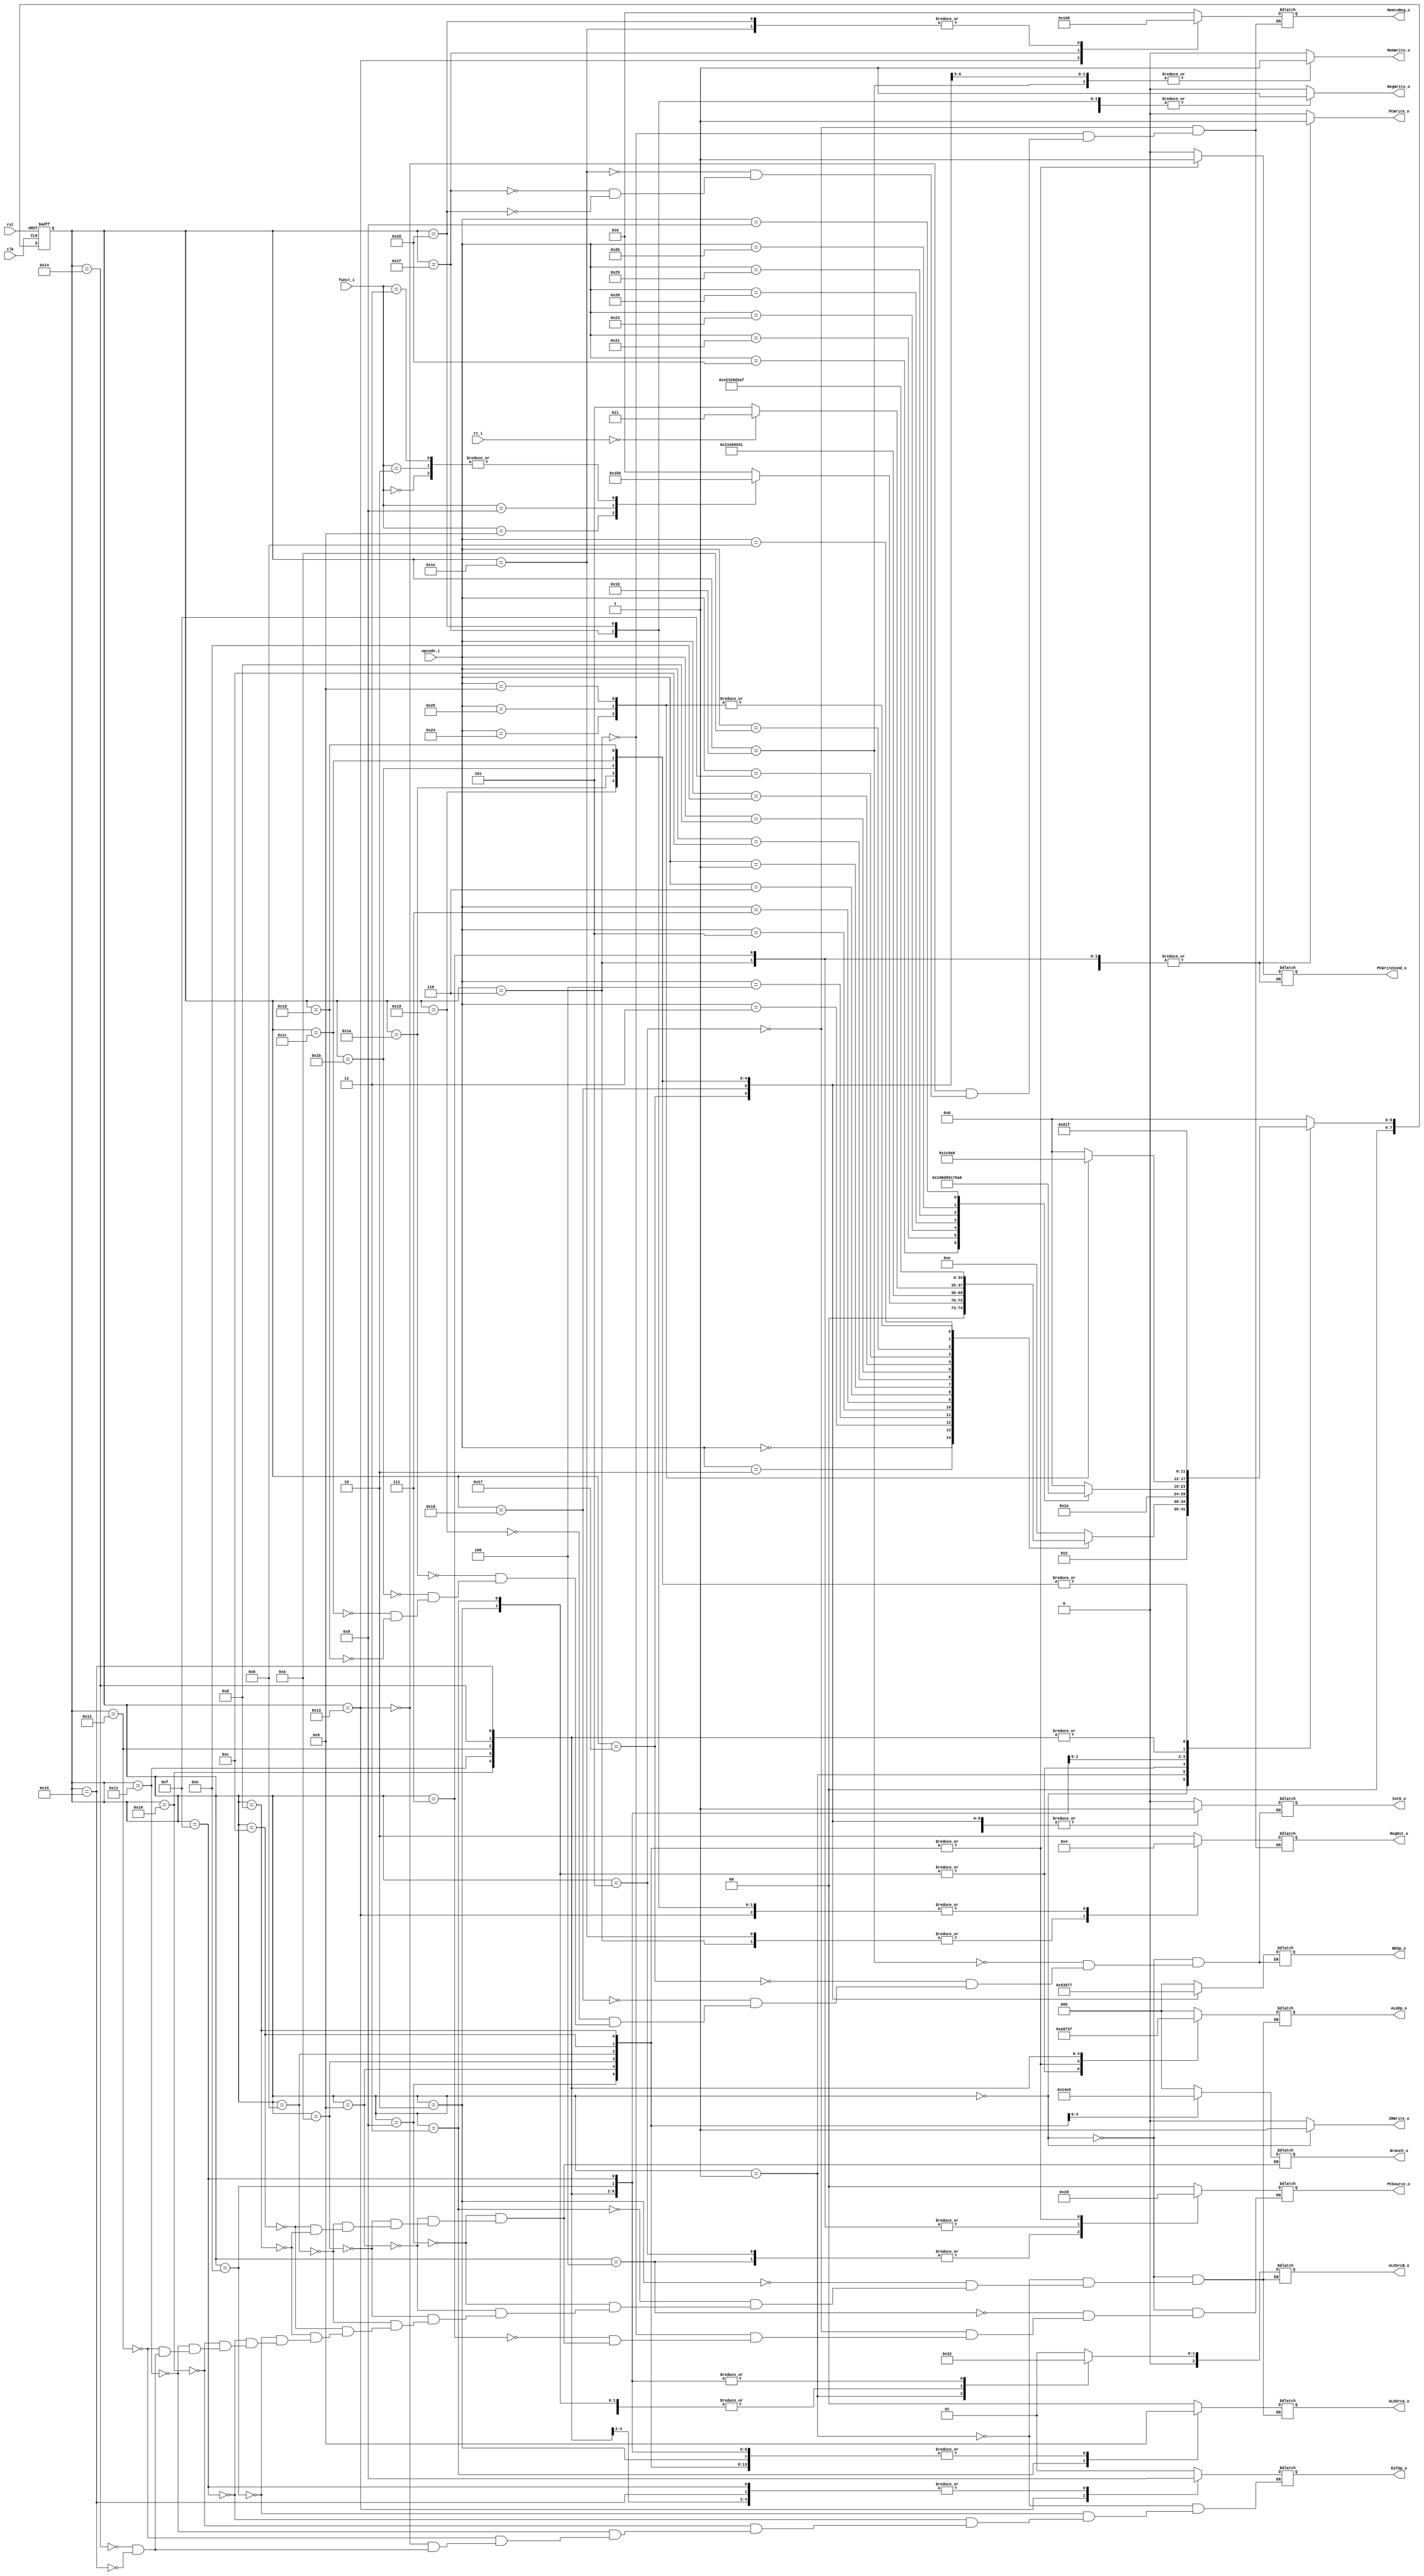
//state element
module Ctrl(
  input [5:0] opcode_i,//Instr[31-26]
  input [4:0] rt_i,    //Instr[20-16], to differentiate bltz and bgez
  input [5:0] funct_i, //Instr[5-0]
  input clk,
  input rst,
  
  output       PCWrite_o,
  output       PCWriteCond_o,
  output       IorD_o,
  output       MemWrite_o,
  output [2:0] MemtoReg_o,
  output       IRWrite_o,
  output [1:0] RegDst_o,
  output       RegWrite_o,
  output [1:0] ALUSrcA_o,
  output [2:0] ALUSrcB_o,
  output [2:0] ALUOp_o,
  output [1:0] PCSource_o,
  output [1:0] EXTOp_o,
  output [2:0] Branch_o,
  output [2:0] BEOp_o
  );
  reg       PCWrite, IorD, MemWrite, IRWrite, RegWrite, PCWriteCond;
  reg [1:0] RegDst, ALUSrcA, PCSource, EXTOp;
  reg [2:0] MemtoReg, ALUOp, Branch, BEOp, ALUSrcB;
  
  parameter [7:0] sif = 9'd0, sid = 9'd1, 
    exe1 = 9'd2,//add,addu,sub,subu,sllv,srlv,srav,and,or,xor,nor,slt,sltu
    exe2 = 9'd3,//sra,srl,sll
    exe3 = 9'd4,//j
    exe4 = 9'd5,//jal
    exe5 = 9'd6,//jalr
    exe6 = 9'd7,//jr
    exe7 = 9'd8,//beq
    exe8 = 9'd9,//bne
    exe9 = 9'd10,//bgtz
    exe10 = 9'd11,//bltz
    exe11 = 9'd12,//blez
    exe12 = 9'd13,//bgez
    exe13 = 9'd14,//lb,lh,lw,sb,sh,sw,addi
    exe14 = 9'd15,//lbu,lhu,addiu
    exe15 = 9'd16,//andi
    exe16 = 9'd17,//ori
    exe17 = 9'd18,//xori
    exe18 = 9'd19,//lui
    exe19 = 9'd20,//slti
    exe20 = 9'd21,//sltiu
    mem1 = 9'd22,//sw
    mem2 = 9'd23,//sh
    mem3 = 9'd24,//sb
    mem4 = 9'd25,//lw
    mem5 = 9'd26,//lhu
    mem6 = 9'd27,//lh
    mem7 = 9'd28,//lbu
    mem8 = 9'd29,//lb
    wb1 = 9'd30,//add,addu,sub,subu,sll,srl,sra,sllv,srlv,srav,and,or,xor,nor,slt,sltu
    wb2 = 9'd31,//lb,lbu,lh,lhu,lw
    wb3 = 9'd32;//andi,addiu,addi,ori,xori,slti,sltiu
  reg [7:0] state, next_state;
  always@(posedge clk or posedge rst) begin
    if (rst) begin
      state <= sif;
    end else begin
      state <= next_state;
    end
  end
  
  always@(*) begin
    case(state)
      sif: next_state = sid;
      sid: begin
        case (opcode_i)
          6'h0: begin
            case(funct_i)
              6'b001001: next_state = exe5;//jalr
              6'b001000: next_state = exe6;//jr
              6'b000000: next_state = exe2;//sll
              6'b000010: next_state = exe2;//srl
              6'b000011: next_state = exe2;//sra
              default : next_state = exe1;//add,addu,sub,subu,sllv,srlv,srav,and,or,xor,nor,slt,sltu
            endcase
            end
          6'h2: next_state = exe3;//j
          6'h3: next_state = exe4;//jal
          6'h4: next_state = exe7;//beq
          6'h5: next_state = exe8;//bne
          6'h7: next_state = exe9;//bgtz
          6'h6: next_state = exe11;//blez
          6'h1: begin
            if (rt_i == 5'b0) next_state = exe10;//bltz
            else next_state = exe12;//bgez
            end
          6'hc: next_state = exe15;//andi
          6'hd: next_state = exe16;//ori
          6'he: next_state = exe17;//xori
          6'hf: next_state = exe18;//lui
          6'ha: next_state = exe19;//slti
          6'hb: next_state = exe20;//sltiu
          6'h24: next_state = exe14;//lbu
          6'h25: next_state = exe14;//lhu
          6'h9: next_state = exe14;//addiu
          default: next_state = exe13;//lb,lh.lw.sb,sh,sw,addi
          //6'h20: next_state = exe13;//lb
          //6'h21: next_state = exe13;//lh
          //6'h23: next_state = exe13;//lw
          //6'h28: next_state = exe13;//sb
          //6'h29: next_state = exe13;//sh
          //6'h2b: next_state = exe13;//sw
          //6'h8: next_state = exe13;//addi
        endcase
      end
      exe1: next_state = wb1;
      exe2: next_state = wb1;
      exe3: next_state = sif;
      exe4: next_state = sif;
      exe5: next_state = sif;
      exe6: next_state = sif;
      exe7: next_state = sif;
      exe8: next_state = sif;
      exe9: next_state = sif;
      exe10: next_state = sif;
      exe11: next_state = sif;
      exe12: next_state = sif;
      exe13: begin
        case (opcode_i)
          6'h20: next_state = mem8;//lb
          6'h21: next_state = mem6;//lh
          6'h23: next_state = mem4;//lw
          6'h28: next_state = mem3;//sb
          6'h29: next_state = mem2;//sh
          6'h2b: next_state = mem1;//sw
          6'h8: next_state = wb3;//addi
          default: next_state = sif;
        endcase
        end
      exe14: begin
        case (opcode_i)
          6'h24: next_state = mem7;//lbu
          6'h25: next_state = mem5;//lhu
          6'h9: next_state = wb3;//addiu
          default: next_state = sif;
        endcase
        end
      exe15: next_state = wb3;
      exe16: next_state = wb3;
      exe17: next_state = wb3;
      exe18: next_state = sif;
      exe19: next_state = wb3;
      exe20: next_state = wb3;
      mem1: next_state = sif;
      mem2: next_state = sif;
      mem3: next_state = sif;
      mem4: next_state = wb2;
      mem5: next_state = wb2;
      mem6: next_state = wb2;
      mem7: next_state = wb2;
      mem8: next_state = wb2;
      wb1: next_state = sif;
      wb2: next_state = sif;
      wb3: next_state = sif;
      default: next_state = sif;
    endcase
 
    case (state)
      sif: begin
        IorD <= 1'b0; MemWrite <= 1'b0; IRWrite <= 1'b1; PCWrite <= 1'b1;
        RegWrite <= 1'b0; ALUSrcA <= 2'b00; ALUSrcB <= 3'b001; ALUOp <= 3'b000; PCSource <= 2'b00; BEOp <= 3'b000;
        end
      sid: begin
        MemWrite <= 1'b0; IRWrite <= 1'b0; PCWrite <= 1'b0; RegWrite <= 1'b0; EXTOp <= 2'b01;
        ALUSrcA <= 2'b00; ALUSrcB <= 3'b011; ALUOp <= 3'b000; PCWriteCond <= 1'b0;
        end
      exe1: begin
        MemWrite <= 1'b0; IRWrite <= 1'b0; PCWrite <= 1'b0; RegWrite <= 1'b0;
        ALUSrcA <= 2'b01; ALUSrcB <= 3'b000; ALUOp <= 3'b010; PCWriteCond <= 1'b0;
        end
      exe2: begin
        MemWrite <= 1'b0; IRWrite <= 1'b0; PCWrite <= 1'b0; RegWrite <= 1'b0;
        ALUSrcA <= 2'b10; ALUSrcB <= 3'b000; ALUOp <= 3'b010; PCWriteCond <= 1'b0;
        end
      exe3: begin
        MemWrite <= 1'b0; IRWrite <= 1'b0; PCWrite <= 1'b1; RegWrite <= 1'b0; PCSource <= 2'b10;
        end
      exe4: begin
        MemWrite <= 1'b0; MemtoReg <= 3'b010; IRWrite <= 1'b0; RegDst <= 2'b10; PCWrite <= 1'b1; RegWrite <= 1'b1; PCSource <= 2'b10;
        end
      exe5: begin
        MemWrite <= 1'b0; MemtoReg <= 3'b010; IRWrite <= 1'b0; RegDst <= 2'b01; PCWrite <= 1'b1; RegWrite <= 1'b1; PCSource <= 2'b11;
        end
      exe6: begin
        MemWrite <= 1'b0; IRWrite <= 1'b0; PCWrite <= 1'b1; RegWrite <= 1'b0; PCSource <= 2'b11;
        end
      exe7: begin
        MemWrite <= 1'b0; IRWrite <= 1'b0; PCWrite <= 1'b0; RegWrite <= 1'b0; ALUSrcA <= 2'b01; ALUSrcB <= 3'b000;  
        ALUOp <= 3'b101; Branch <= 3'b000; PCWriteCond <= 1'b1; PCSource <= 2'b01;
        end
      exe8: begin
        MemWrite <= 1'b0; IRWrite <= 1'b0; PCWrite <= 1'b0; RegWrite <= 1'b0; ALUSrcA <= 2'b01; ALUSrcB <= 3'b000;  
        ALUOp <= 3'b101; Branch <= 3'b001; PCWriteCond <= 1'b1; PCSource <= 2'b01;
        end
      exe9: begin
        MemWrite <= 1'b0; IRWrite <= 1'b0; PCWrite <= 1'b0; RegWrite <= 1'b0; ALUSrcA <= 2'b01; ALUSrcB <= 3'b000;  
        ALUOp <= 3'b101; Branch <= 3'b010; PCWriteCond <= 1'b1; PCSource <= 2'b01;
        end
      exe10: begin
        MemWrite <= 1'b0; IRWrite <= 1'b0; PCWrite <= 1'b0; RegWrite <= 1'b0; ALUSrcA <= 2'b01; ALUSrcB <= 3'b000;  
        ALUOp <= 3'b101; Branch <= 3'b011; PCWriteCond <= 1'b1; PCSource <= 2'b01; 
        end
      exe11: begin
        MemWrite <= 1'b0; IRWrite <= 1'b0; PCWrite <= 1'b0; RegWrite <= 1'b0; ALUSrcA <= 2'b01; ALUSrcB <= 3'b000;  
        ALUOp <= 3'b101; Branch <= 3'b100; PCWriteCond <= 1'b1; PCSource <= 2'b01; 
        end
      exe12: begin
        MemWrite <= 1'b0; IRWrite <= 1'b0; PCWrite <= 1'b0; RegWrite <= 1'b0; ALUSrcA <= 2'b01; ALUSrcB <= 3'b000;  
        ALUOp <= 3'b101; Branch <= 3'b101; PCWriteCond <= 1'b1; PCSource <= 2'b01; 
        end
      exe13: begin
        MemWrite <= 1'b0; IRWrite <= 1'b0; PCWrite <= 1'b0; RegWrite <= 1'b0; EXTOp <= 2'b01; ALUSrcA <= 2'b01; ALUSrcB <= 3'b010;  
        ALUOp <= 3'b000; PCWriteCond <= 1'b0;
        end
      exe14: begin
        MemWrite <= 1'b0; IRWrite <= 1'b0; PCWrite <= 1'b0; RegWrite <= 1'b0; EXTOp <= 2'b00; ALUSrcA <= 2'b01; ALUSrcB <= 3'b010;  
        ALUOp <= 3'b000; PCWriteCond <= 1'b0;  
        end
      exe15: begin
        MemWrite <= 1'b0; IRWrite <= 1'b0; PCWrite <= 1'b0; RegWrite <= 1'b0; EXTOp <= 2'b00; ALUSrcA <=  2'b01; ALUSrcB <= 3'b010; 
        ALUOp <= 3'b001; PCWriteCond <= 1'b0;  
        end
      exe16: begin
        MemWrite <= 1'b0; IRWrite <= 1'b0; PCWrite <= 1'b0; RegWrite <= 1'b0; EXTOp <= 2'b00; ALUSrcA <=  2'b01; ALUSrcB <= 3'b010;   
        ALUOp <= 3'b011; PCWriteCond <= 1'b0;  
        end
      exe17: begin
        MemWrite <= 1'b0; IRWrite <= 1'b0; PCWrite <= 1'b0; RegWrite <= 1'b0; EXTOp <= 2'b00; ALUSrcA <=  2'b01; ALUSrcB <= 3'b010;   
        ALUOp <= 3'b100; PCWriteCond <= 1'b0;  
        end
      exe18: begin
        MemWrite <= 1'b0; MemtoReg <= 3'b100; IRWrite <= 1'b0; RegDst <= 2'b00; PCWrite <= 1'b0; RegWrite <= 1'b1; EXTOp <= 2'b10; PCWriteCond <= 1'b0;  
        end
      exe19: begin
        MemWrite <= 1'b0; IRWrite <= 1'b0; PCWrite <= 1'b0; RegWrite <= 1'b0; EXTOp <= 2'b01; ALUSrcA <= 2'b01; ALUSrcB <= 3'b010;
        ALUOp <= 3'b110; PCWriteCond <= 1'b0;  
        end
      exe20: begin
        MemWrite <= 1'b0; IRWrite <= 1'b0; PCWrite <= 1'b0; RegWrite <= 1'b0; EXTOp <= 2'b00; ALUSrcA <= 2'b01; ALUSrcB <= 3'b010;
        ALUOp <= 3'b111; PCWriteCond <= 1'b0;  
        end
      mem1: begin
        IorD <= 1'b1; MemWrite <= 1'b1; IRWrite <= 1'b0; PCWrite <= 1'b0; RegWrite <= 1'b0; PCWriteCond <= 1'b0; BEOp <= 3'b000;
        end
      mem2: begin
        IorD <= 1'b1; MemWrite <= 1'b1; IRWrite <= 1'b0; PCWrite <= 1'b0; RegWrite <= 1'b0; PCWriteCond <= 1'b0; BEOp <= 3'b001;
        end
      mem3: begin
        IorD <= 1'b1; MemWrite <= 1'b1; IRWrite <= 1'b0; PCWrite <= 1'b0; RegWrite <= 1'b0; PCWriteCond <= 1'b0; BEOp <= 3'b010;
        end
      mem4: begin
        IorD <= 1'b1; MemWrite <= 1'b0; IRWrite <= 1'b0; PCWrite <= 1'b0; RegWrite <= 1'b0; PCWriteCond <= 1'b0; BEOp <= 3'b011;
        end
      mem5: begin
        IorD <= 1'b1; MemWrite <= 1'b0; IRWrite <= 1'b0; PCWrite <= 1'b0; RegWrite <= 1'b0; PCWriteCond <= 1'b0; BEOp <= 3'b100;
        end
      mem6: begin
        IorD <= 1'b1; MemWrite <= 1'b0; IRWrite <= 1'b0; PCWrite <= 1'b0; RegWrite <= 1'b0; PCWriteCond <= 1'b0; BEOp <= 3'b101;
        end
      mem7: begin
        IorD <= 1'b1; MemWrite <= 1'b0; IRWrite <= 1'b0; PCWrite <= 1'b0; RegWrite <= 1'b0; PCWriteCond <= 1'b0; BEOp <= 3'b110;
        end
      mem8: begin
        IorD <= 1'b1; MemWrite <= 1'b0; IRWrite <= 1'b0; PCWrite <= 1'b0; RegWrite <= 1'b0; PCWriteCond <= 1'b0; BEOp <= 3'b111;
        end
      wb1: begin
        MemWrite <= 1'b0; MemtoReg <= 3'b000; IRWrite <= 1'b0; RegDst <= 2'b01; PCWrite <= 1'b0; RegWrite <= 1'b1; PCWriteCond <= 1'b0;
        end
      wb2: begin
        MemWrite <= 1'b0; MemtoReg <= 3'b001; IRWrite <= 1'b0; RegDst <= 2'b00; PCWrite <= 1'b0; RegWrite <= 1'b1; PCWriteCond <= 1'b0;
        end
      wb3: begin
        MemWrite <= 1'b0; MemtoReg <= 3'b000; IRWrite <= 1'b0; RegDst <= 2'b00; PCWrite <= 1'b0; RegWrite <= 1'b1; PCWriteCond <= 1'b0;
        end
      default: begin
        RegWrite <= 1'b0; IRWrite <= 1'b0; PCWrite <= 1'b0; PCWriteCond <= 1'b0; MemWrite <= 1'b0;
        end
    endcase
  end
  
  assign PCWrite_o = PCWrite;
  assign PCWriteCond_o = PCWriteCond;
  assign IorD_o = IorD;
  assign MemWrite_o = MemWrite;
  assign MemtoReg_o = MemtoReg;
  assign IRWrite_o = IRWrite;
  assign RegDst_o = RegDst;
  assign RegWrite_o = RegWrite;
  assign ALUSrcA_o = ALUSrcA;
  assign ALUSrcB_o = ALUSrcB;
  assign ALUOp_o = ALUOp;
  assign PCSource_o = PCSource;
  assign EXTOp_o = EXTOp;
  assign Branch_o = Branch;
  assign BEOp_o = BEOp;
endmodule